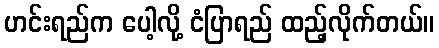
ဟင်းရည်က ပေါ့လို့ ငံပြာရည် ထည့်လိုက်တယ်။